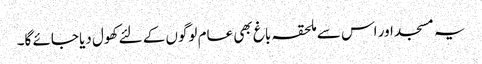
یہ مسجد اور اس سے ملحقہ باغ بھی عام لوگوں کے لئے کھول دیا جائے گا۔